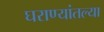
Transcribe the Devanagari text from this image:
घराण्यांतल्या